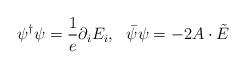
LaTeX: \begin{align*}\psi^\dagger\psi=\frac{1}{e}\partial_iE_i, \ \ \bar\psi\psi=-2A\cdot\tilde E\end{align*}